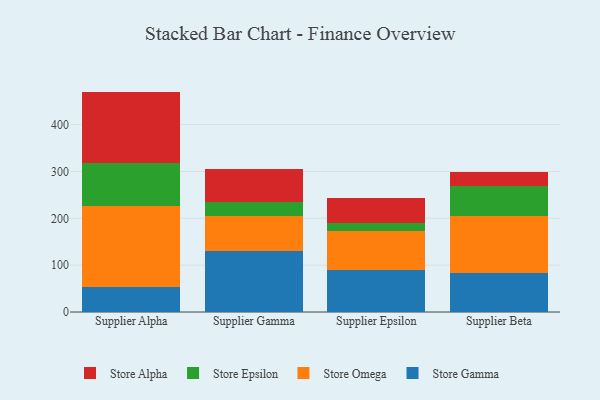
{"axis": {"x": "Supplier", "y": "Active Users"}, "legend": ["Store Alpha", "Store Epsilon", "Store Gamma", "Store Omega"], "data": [{"x": "Supplier Alpha", "y": 54.2, "type": "Store Gamma"}, {"x": "Supplier Alpha", "y": 173.1, "type": "Store Omega"}, {"x": "Supplier Alpha", "y": 91.1, "type": "Store Epsilon"}, {"x": "Supplier Alpha", "y": 152.1, "type": "Store Alpha"}, {"x": "Supplier Gamma", "y": 130.1, "type": "Store Gamma"}, {"x": "Supplier Gamma", "y": 74.7, "type": "Store Omega"}, {"x": "Supplier Gamma", "y": 30.6, "type": "Store Epsilon"}, {"x": "Supplier Gamma", "y": 70.3, "type": "Store Alpha"}, {"x": "Supplier Epsilon", "y": 88.9, "type": "Store Gamma"}, {"x": "Supplier Epsilon", "y": 83.7, "type": "Store Omega"}, {"x": "Supplier Epsilon", "y": 17.1, "type": "Store Epsilon"}, {"x": "Supplier Epsilon", "y": 53.5, "type": "Store Alpha"}, {"x": "Supplier Beta", "y": 83.8, "type": "Store Gamma"}, {"x": "Supplier Beta", "y": 121.8, "type": "Store Omega"}, {"x": "Supplier Beta", "y": 64.0, "type": "Store Epsilon"}, {"x": "Supplier Beta", "y": 28.9, "type": "Store Alpha"}]}